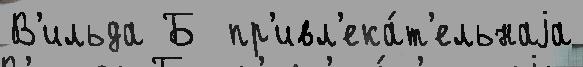
В'ильда Б  пр'ивл'ека́т'ельнаjа